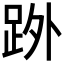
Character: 𮛒